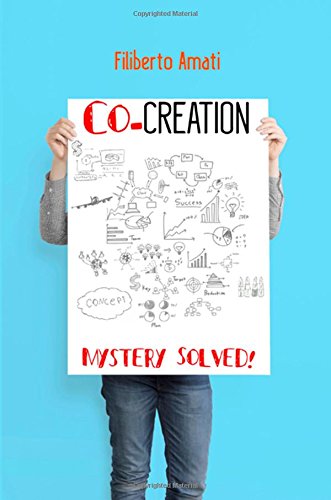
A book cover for Co-creation: Mystery Solved!; Filiberto Amati; Business & Money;